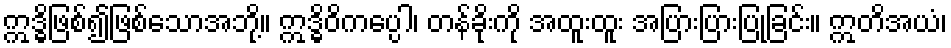
ဣဒ္ဓိဖြစ်၍ဖြစ်သောအဘို့။ ဣဒ္ဓိဝိကပ္ပေါ၊ တန်ခိုးကို အထူးထူး အပြားပြားပြုခြင်း။ ဣတိအယံ၊